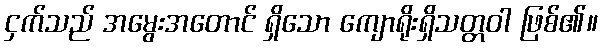
ငှက်သည် အမွေးအတောင် ရှိသော ကျောရိုးရှိသတ္တဝါ ဖြစ်၏။